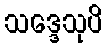
သဒ္ဒေသုပိ